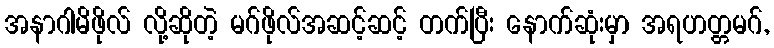
အနာဂါမိဖိုလ် လို့ဆိုတဲ့ မဂ်ဖိုလ်အဆင့်ဆင့် တက်ပြီး နောက်ဆုံးမှာ အရဟတ္တမဂ်,